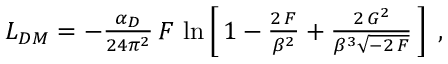
\begin{array} { r } { { \cal L } _ { D M } = - \frac { \alpha _ { D } } { 2 4 \pi ^ { 2 } } \, { \cal F } \, \ln \left[ \, 1 - \frac { 2 \, { \cal F } } { \beta ^ { 2 } } + \frac { 2 \, { \cal G } ^ { 2 } } { \beta ^ { 3 } \sqrt { - 2 \, { \cal F } } } \, \right] \; , } \end{array}